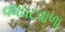
વધઘટવાળા